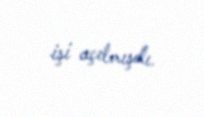
işi açılmışdı.